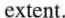
extent